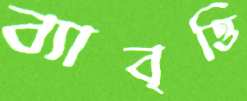
ব্যাবৃত্তি